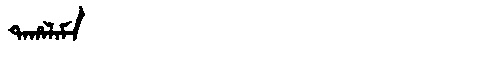
Manchu: ᡨᠠᡥᠠᠯᠠᠮᠠ
Romanization: TAHALAMA